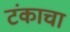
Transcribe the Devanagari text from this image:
टंकाचा